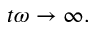
t \omega \rightarrow \infty .